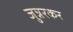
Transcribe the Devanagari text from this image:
जुन्नरकर